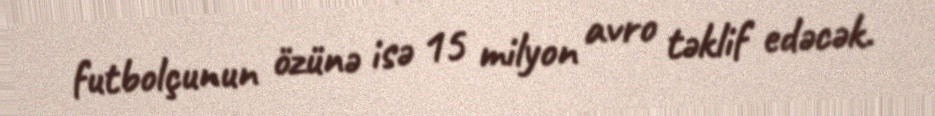
futbolçunun özünə isə 15 milyon avro təklif edəcək.